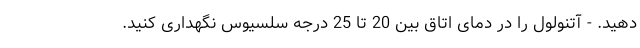
دهید. - آتنولول را در دمای اتاق بین 20 تا 25 درجه سلسیوس نگهداری کنید.